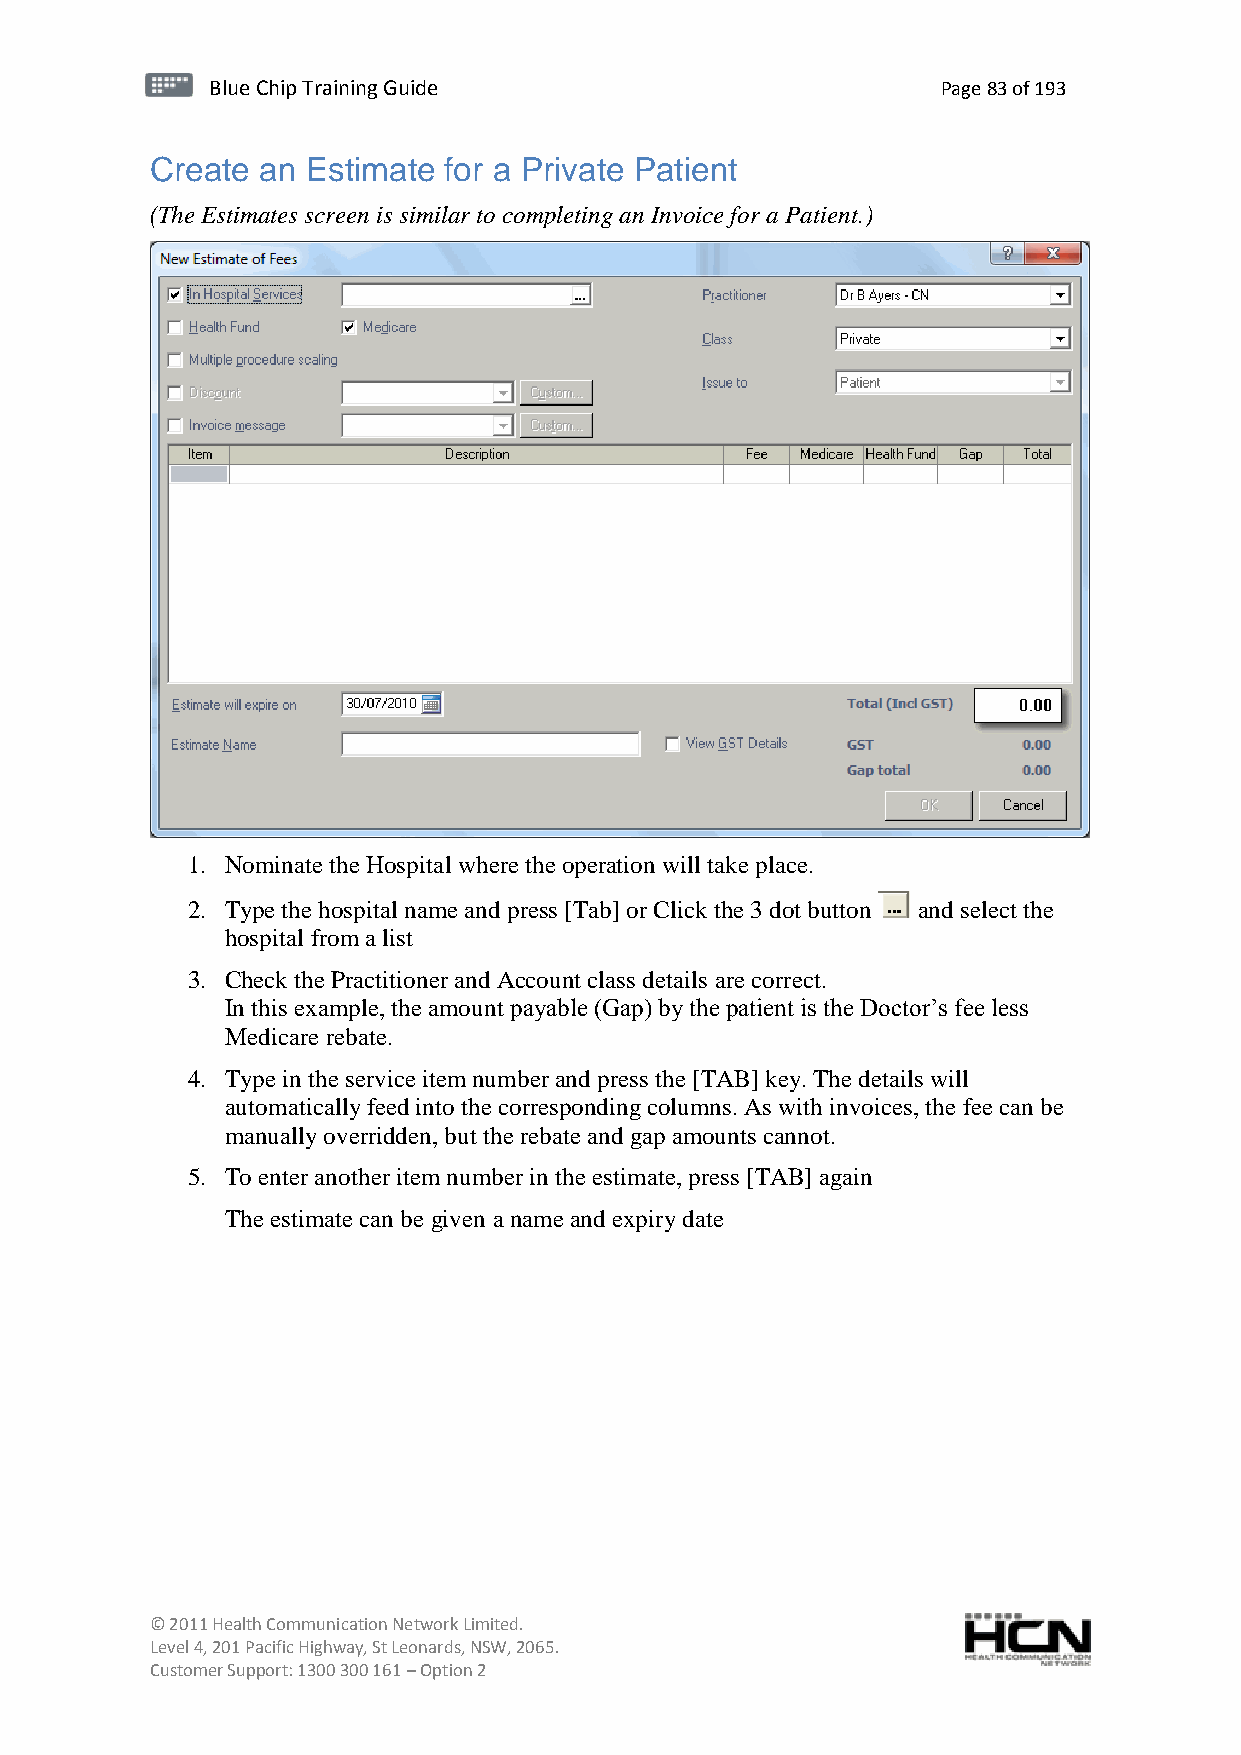
BBlluuee C Chihpi pTr Tairnainingi Gnugi dGeu ide Page 83 of 193
 Create an Estimate for a Private Patient
 (The Estimates screen is similar to completing an Invoice for a Patient.)
 1. Nominate the Hospital where the operation will take place.
 2. Type the hospital name and press [Tab] or Click the 3 dot button and select the
 hospital from a list
 3. Check the Practitioner and Account class details are correct.
 In this example, the amount payable (Gap) by the patient is the Doctor’s fee less
 Medicare rebate.
 4. Type in the service item number and press the [TAB] key. The details will
 automatically feed into the corresponding columns. As with invoices, the fee can be
 manually overridden, but the rebate and gap amounts cannot.
 5. To enter another item number in the estimate, press [TAB] again
 The estimate can be given a name and expiry date
 © 2011 Health Communication Network Limited.
 Level 4, 201 Pacific Highway, St Leonards, NSW, 2065.
 Customer Support: 1300 300 161 – Option 2